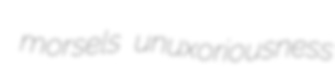
morsels unuxoriousness